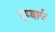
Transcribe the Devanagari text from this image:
पूण्यार्क